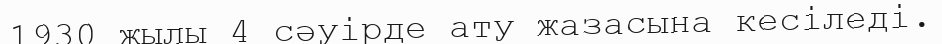
1930 жылы 4 сәуірде ату жазасына кесіледі.